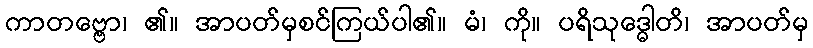
ကာတဗ္ဗော၊ ၏။ အာပတ်မှစင်ကြယ်ပါ၏။ မံ၊ ကို။ ပရိသုဒ္ဓေါတိ၊ အာပတ်မှ